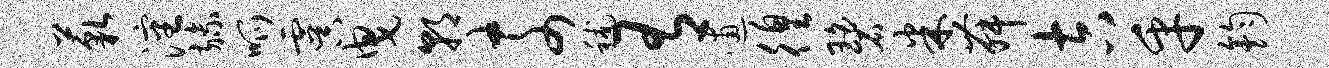
藐沈旒呱虞曳朝奈秫有逋徨碧米舞吉乎钧